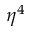
\eta ^ { 4 }